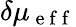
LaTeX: \delta\mu_{\mathrm{~e~f~f~}}